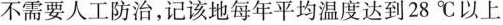
不需要人工防治，记该地每年平均温度达到28℃以上